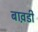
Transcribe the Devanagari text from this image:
बाव़डी